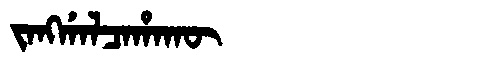
Manchu: ᠵᠠᠩᡤᠠᠯᠴᠠᡥᠠᡴᡡ
Romanization: JANGGALCAHAKŪ